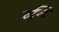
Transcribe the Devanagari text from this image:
दृष्‍टि